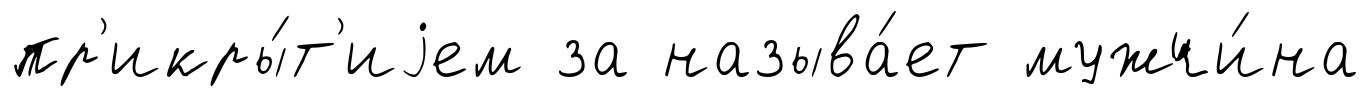
пр'икры́т'иjем за называ́ет мужчи́на